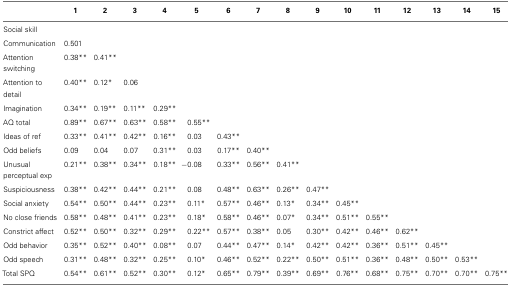
<table><thead><tr><td></td><td><b>1</b></td><td><b>2</b></td><td><b>3</b></td><td><b>4</b></td><td><b>5</b></td><td><b>6</b></td><td><b>7</b></td><td><b>8</b></td><td><b>9</b></td><td><b>10</b></td><td><b>11</b></td><td><b>12</b></td><td><b>13</b></td><td><b>14</b></td><td><b>15</b></td></tr></thead><tbody><tr><td>Social skill</td><td></td><td></td><td></td><td></td><td></td><td></td><td></td><td></td><td></td><td></td><td></td><td></td><td></td><td></td><td></td></tr><tr><td>Communication</td><td>0.501</td><td></td><td></td><td></td><td></td><td></td><td></td><td></td><td></td><td></td><td></td><td></td><td></td><td></td><td></td></tr><tr><td>Attention switching</td><td>0.38**</td><td>0.41**</td><td></td><td></td><td></td><td></td><td></td><td></td><td></td><td></td><td></td><td></td><td></td><td></td><td></td></tr><tr><td>Attention to detail</td><td>0.40**</td><td>0.12*</td><td>0.06</td><td></td><td></td><td></td><td></td><td></td><td></td><td></td><td></td><td></td><td></td><td></td><td></td></tr><tr><td>Imagination</td><td>0.34**</td><td>0.19**</td><td>0.11**</td><td>0.29**</td><td></td><td></td><td></td><td></td><td></td><td></td><td></td><td></td><td></td><td></td><td></td></tr><tr><td>AQ total</td><td>0.89**</td><td>0.67**</td><td>0.63**</td><td>0.58**</td><td>0.55**</td><td></td><td></td><td></td><td></td><td></td><td></td><td></td><td></td><td></td><td></td></tr><tr><td>Ideas of ref</td><td>0.33**</td><td>0.41**</td><td>0.42**</td><td>0.16**</td><td>0.03</td><td>0.43**</td><td></td><td></td><td></td><td></td><td></td><td></td><td></td><td></td><td></td></tr><tr><td>Odd beliefs</td><td>0.09</td><td>0.04</td><td>0.07</td><td>0.31**</td><td>0.03</td><td>0.17**</td><td>0.40**</td><td></td><td></td><td></td><td></td><td></td><td></td><td></td><td></td></tr><tr><td>Unusual perceptual exp</td><td>0.21**</td><td>0.38**</td><td>0.34**</td><td>0.18**</td><td>−0.08</td><td>0.33**</td><td>0.56**</td><td>0.41**</td><td></td><td></td><td></td><td></td><td></td><td></td><td></td></tr><tr><td>Suspiciousness</td><td>0.38**</td><td>0.42**</td><td>0.44**</td><td>0.21**</td><td>0.08</td><td>0.48**</td><td>0.63**</td><td>0.26**</td><td>0.47**</td><td></td><td></td><td></td><td></td><td></td><td></td></tr><tr><td>Social anxiety</td><td>0.54**</td><td>0.50**</td><td>0.44**</td><td>0.23**</td><td>0.11*</td><td>0.57**</td><td>0.46**</td><td>0.13*</td><td>0.34**</td><td>0.45**</td><td></td><td></td><td></td><td></td><td></td></tr><tr><td>No close friends</td><td>0.58**</td><td>0.48**</td><td>0.41**</td><td>0.23**</td><td>0.18*</td><td>0.58**</td><td>0.46**</td><td>0.07*</td><td>0.34**</td><td>0.51**</td><td>0.55**</td><td></td><td></td><td></td><td></td></tr><tr><td>Constrict affect</td><td>0.52**</td><td>0.50**</td><td>0.32**</td><td>0.29**</td><td>0.22**</td><td>0.57**</td><td>0.38**</td><td>0.05</td><td>0.30**</td><td>0.42**</td><td>0.46**</td><td>0.62**</td><td></td><td></td><td></td></tr><tr><td>Odd behavior</td><td>0.35**</td><td>0.52**</td><td>0.40**</td><td>0.08**</td><td>0.07</td><td>0.44**</td><td>0.47**</td><td>0.14*</td><td>0.42**</td><td>0.42**</td><td>0.36**</td><td>0.51**</td><td>0.45**</td><td></td><td></td></tr><tr><td>Odd speech</td><td>0.31**</td><td>0.48**</td><td>0.32**</td><td>0.25**</td><td>0.10*</td><td>0.46**</td><td>0.52**</td><td>0.22**</td><td>0.50**</td><td>0.51**</td><td>0.36**</td><td>0.48**</td><td>0.50**</td><td>0.53**</td><td></td></tr><tr><td>Total SPQ</td><td>0.54**</td><td>0.61**</td><td>0.52**</td><td>0.30**</td><td>0.12*</td><td>0.65**</td><td>0.79**</td><td>0.39**</td><td>0.69**</td><td>0.76**</td><td>0.68**</td><td>0.75**</td><td>0.70**</td><td>0.70**</td><td>0.75**</td></tr></tbody></table>